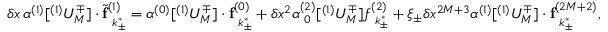
\delta x \, \boldsymbol { \alpha } ^ { ( 1 ) } [ ^ { ( 1 ) } U _ { M } ^ { \mp } ] \cdot \tilde { \mathbf { f } } _ { \hphantom { ( } k _ { \pm } ^ { * } } ^ { ( 1 ) } = \boldsymbol { \alpha } ^ { ( 0 ) } [ ^ { ( 1 ) } U _ { M } ^ { \mp } ] \cdot \mathbf { f } _ { \hphantom { ( } k _ { \pm } ^ { * } } ^ { ( 0 ) } + \delta x ^ { 2 } \alpha _ { \hphantom { ( } 0 } ^ { ( 2 ) } [ ^ { ( 1 ) } U _ { M } ^ { \mp } ] f _ { \hphantom { ( } k _ { \pm } ^ { * } } ^ { ( 2 ) } + \xi _ { \pm } \delta x ^ { 2 M + 3 } \boldsymbol { \alpha } ^ { ( 1 ) } [ ^ { ( 1 ) } U _ { M } ^ { \mp } ] \cdot \mathbf { f } _ { \hphantom { ( } k _ { \pm } ^ { * } } ^ { ( 2 M + 2 ) } ,